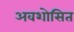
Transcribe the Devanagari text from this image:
अवशोसित